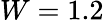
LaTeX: W=1.2